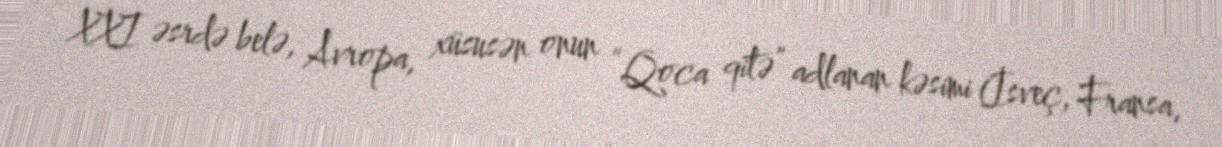
XXI əsrdə belə, Avropa, xüsusən onun “Qoca qitə” adlanan kəsimi (İsveç, Fransa,